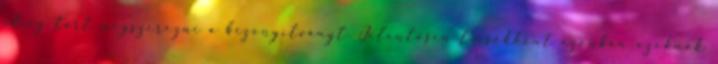
ideig tart megszerezni a bizonyítványt. Jelentősen lecsökkent azonban azoknak